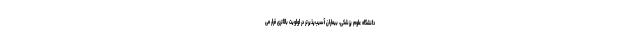
دانشگاه علوم پزشکی، بیماران آسیب‌پذیرتر در اولویت بالاتری قرار می